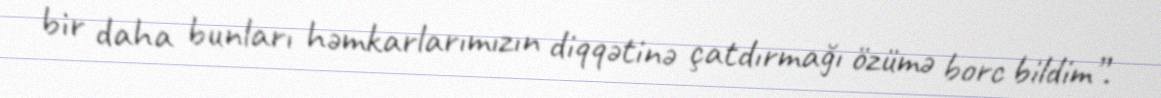
bir daha bunları həmkarlarımızın diqqətinə çatdırmağı özümə borc bildim”.